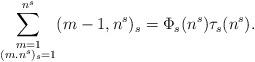
LaTeX: \begin{align*} \sum\limits_{\substack{m=1\\(m.n^s)_s=1}}^{n^s} (m-1,n^s)_s=\Phi_s(n^s)\tau_s(n^s). \end{align*}